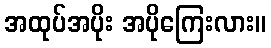
အထုပ်အပိုး အပိုကြေးလား။